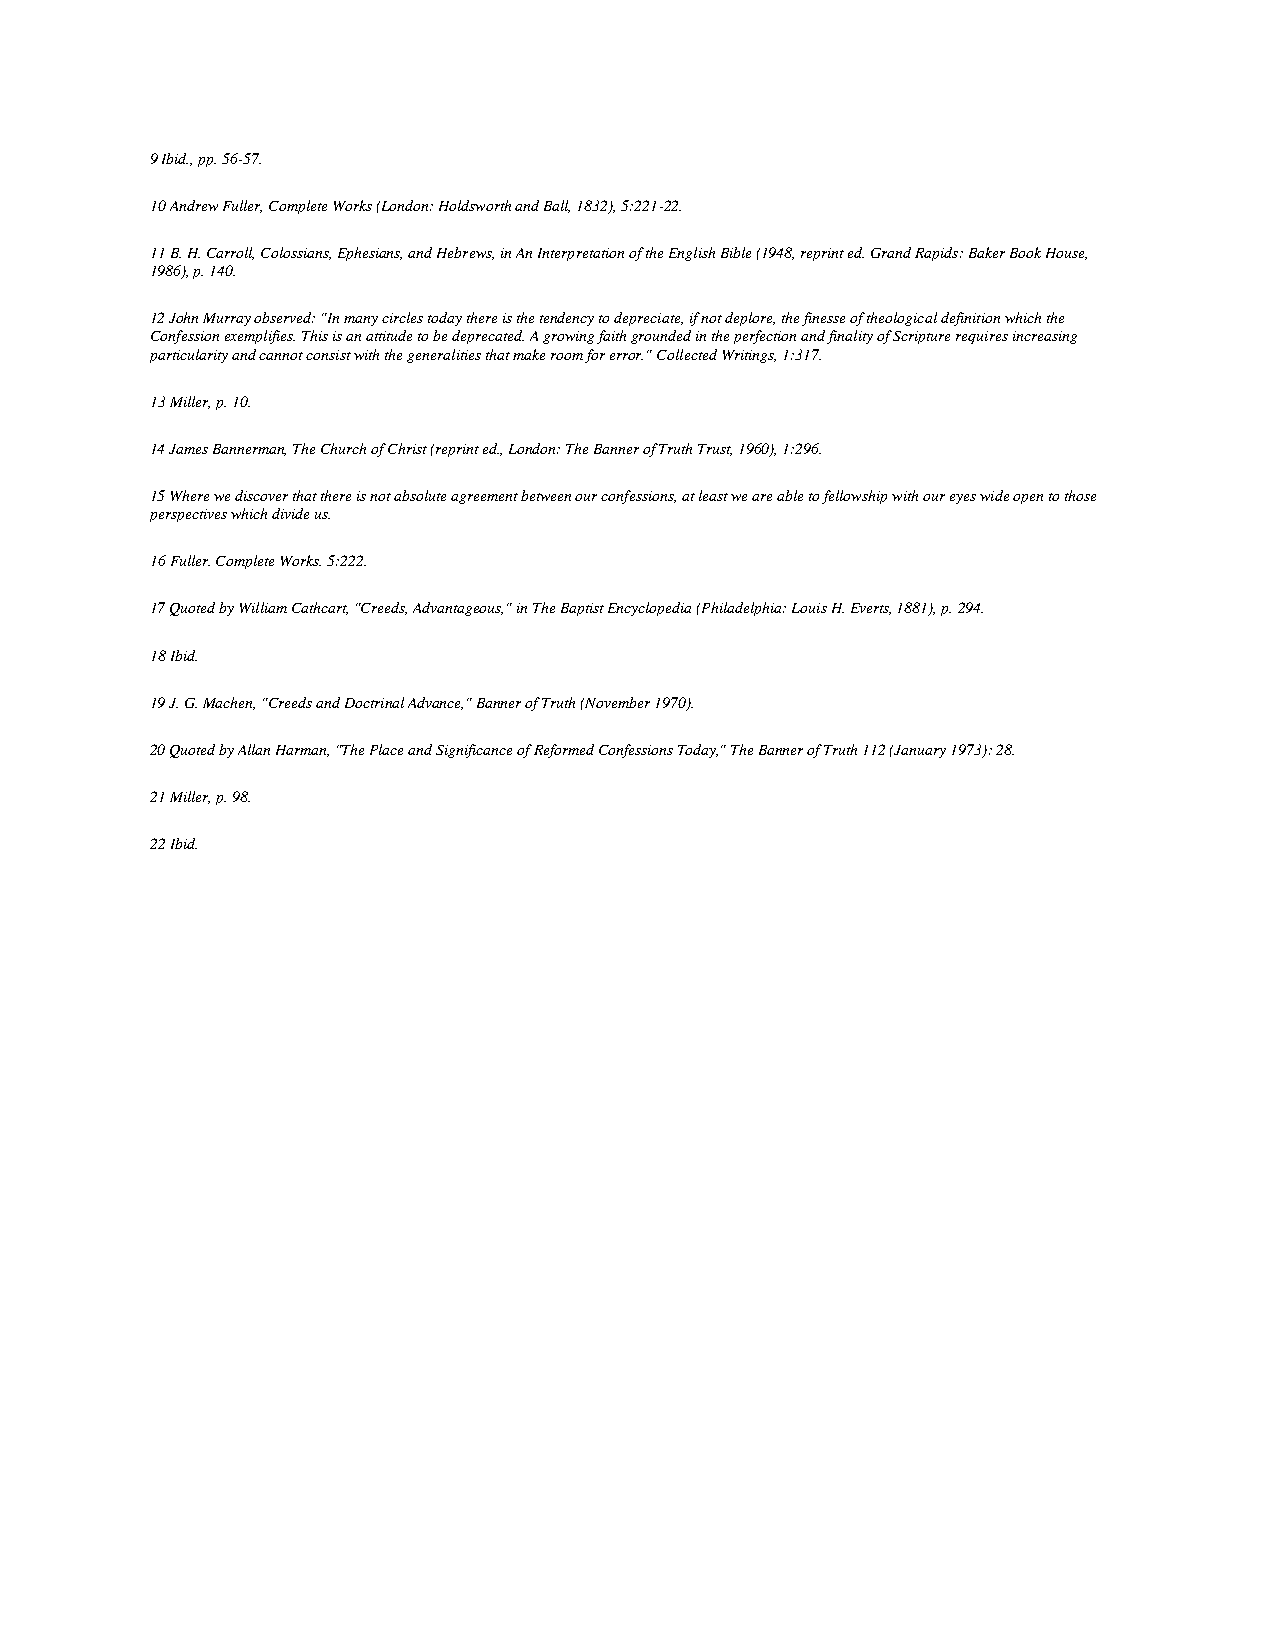
9 Ibid., pp. 56-57.
 10 Andrew Fuller, Complete Works (London: Holdsworth and Ball, 1832), 5:221-22.
 11 B. H. Carroll, Colossians, Ephesians, and Hebrews, in An Interpretation of the English Bible (1948, reprint ed. Grand Rapids: Baker Book House,
 1986), p. 140.
 12 John Murray observed: "In many circles today there is the tendency to depreciate, if not deplore, the finesse of theological definition which the
 Confession exemplifies. This is an attitude to be deprecated. A growing faith grounded in the perfection and finality of Scripture requires increasing
 particularity and cannot consist with the generalities that make room for error." Collected Writings, 1:317.
 13 Miller, p. 10.
 14 James Bannerman, The Church of Christ (reprint ed., London: The Banner of Truth Trust, 1960), 1:296.
 15 Where we discover that there is not absolute agreement between our confessions, at least we are able to fellowship with our eyes wide open to those
 perspectives which divide us.
 16 Fuller. Complete Works. 5:222.
 17 Quoted by William Cathcart, "Creeds, Advantageous," in The Baptist Encyclopedia (Philadelphia: Louis H. Everts, 1881), p. 294.
 18 Ibid.
 19 J. G. Machen, "Creeds and Doctrinal Advance," Banner of Truth (November 1970).
 20 Quoted by Allan Harman, "The Place and Significance of Reformed Confessions Today," The Banner of Truth 112 (January 1973): 28.
 21 Miller, p. 98.
 22 Ibid.